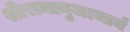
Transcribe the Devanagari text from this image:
श्रीरामानुजाचार्य